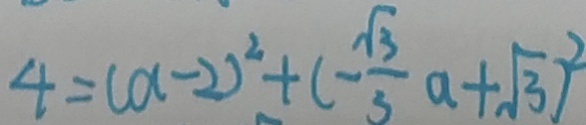
4 = ( a - 2 ) ^ { 2 } + ( - \frac { \sqrt { 3 } } { 3 } a + \sqrt { 3 } ) ^ { 2 }